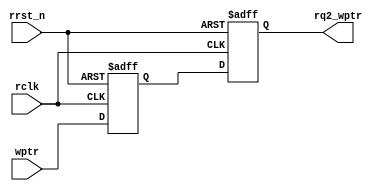
module async_fifo_sync_w2r
  // see the next pointer wht it indicates 
(
  input   rclk, rrst_n,
  input   [$clog2(DEPTH):0] wptr,
  output reg [$clog2(DEPTH):0] rq2_wptr
);

parameter DEPTH = 16;

  reg [$clog2(DEPTH):0] rq1_wptr;

  always @(posedge rclk or negedge rrst_n)
    if (!rrst_n)
      {rq2_wptr,rq1_wptr} <= 0;
    else
      {rq2_wptr,rq1_wptr} <= {rq1_wptr,wptr};

endmodule